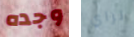
وجده تراي